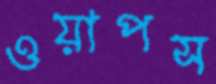
ওয়াপস